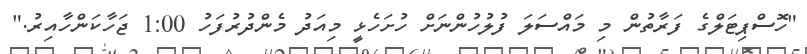
"ހޮސްޕިޓަލްގެ ފަރާތުން މި މައްސަލަ ފުލުހުންނަށް ހުށަހެޅީ މިއަދު މެންދުރުފަހު 1:00 ޖަހާކަންހާއިރު."